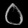
Digit: ၀